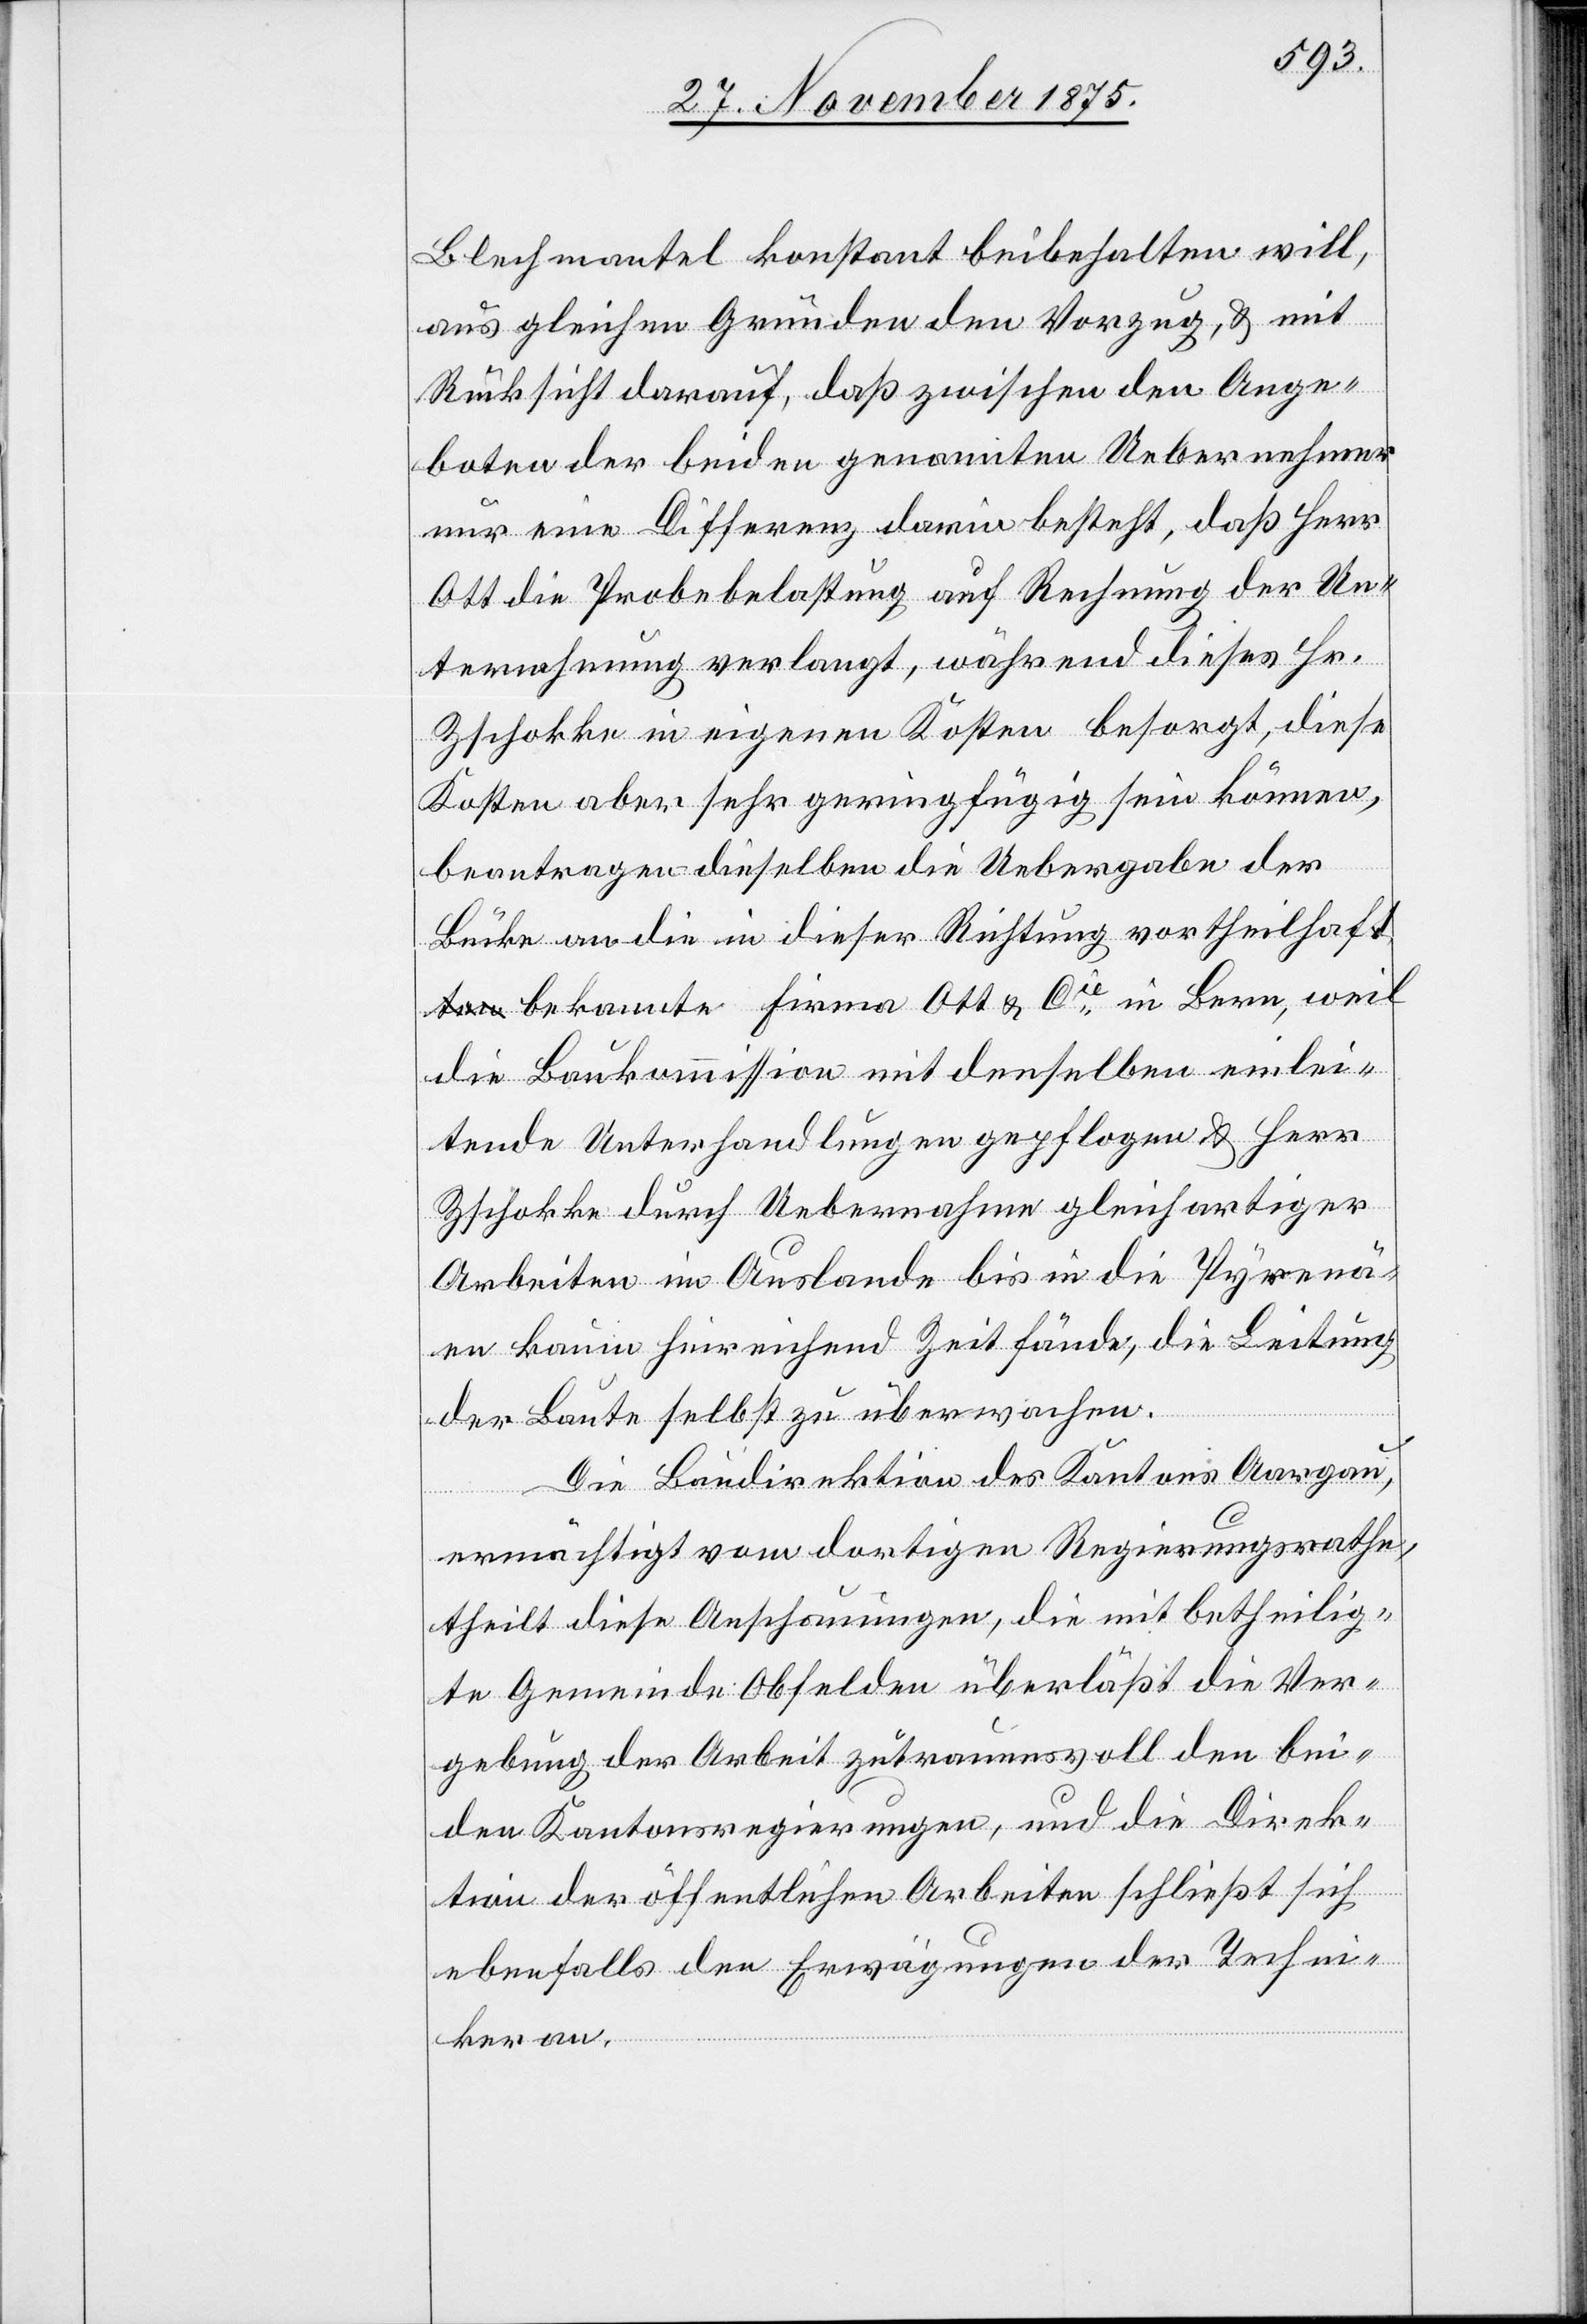
Blechmantel konstant beibehalten will,
aus gleichen Gründen den Vorzug, & mit
Rücksicht darauf, daß zwischen den Ange¬
boten der beiden genannten Uebernehmer
nur eine Differenz darin besteht, daß Herr
Ott die Probebelastung auf Rechnung der Un¬
ternehmung verlangt, während dieses Hr.
Zschokke in eigenen Kosten besorgt, diese
Kosten aber sehr geringfügig sein können,
beantragen dieselben die Uebergabe der
B[r]ücke an die in dieser Richtung vortheilhaf¬
t bekannte Firma Ott & Cie in Bern, weil
die Baukommission mit denselben einlei¬
tende Unterhandlungen gepflogen & Herr
Zschokke durch Uebernahme gleichartiger
Arbeiten im Auslande bis in die Pyrenä¬
en kaum hinreichend Zeit fände, die Leitung
der Baute selbst zu überwachen.
Die Baudirektion des Kantons Aargau,
ermächtigt vom dortigen Regierungsrathe,
theilt diese Anschauungen, die mitbetheilig¬
te Gemeinde Obfelden überläßt die Ver¬
gebung der Arbeit zutrauensvoll den bei¬
den Kantonsregierungen, und die Direk¬
tion der öffentlichen Arbeiten schließt sich
ebenfalls den Erwägungen der Techni¬
ker an.